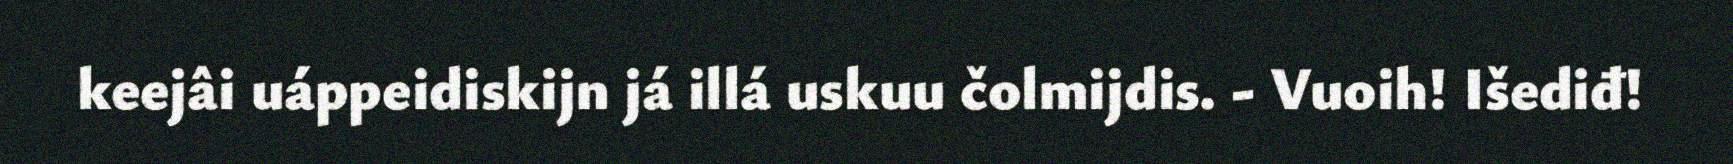
keejâi uáppeidiskijn já illá uskuu čolmijdis. - Vuoih! Išediđ!